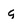
Character: q